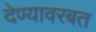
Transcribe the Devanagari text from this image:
देण्यावरबत